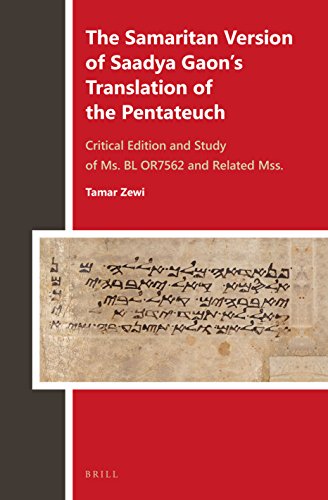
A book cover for The Samaritan Version of Saadya Gaon S Translation of the Pentateuch: Critical Edition and Study of Ms. Bl Or7562 and Related Mss. (Biblia Arabica); Tamar Zewi; Christian Books & Bibles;